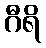
ဂီရိ